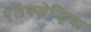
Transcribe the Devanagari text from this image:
ऐलेक्ज़ेन्ड्रिया